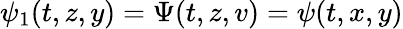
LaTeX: \psi_{1}(t,z,y)=\Psi(t,z,v)=\psi(t,x,y)